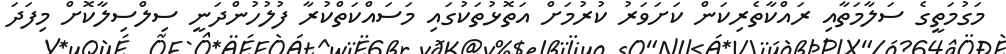
މަގުމަތީގެ ސަލާމަތާއި ރައްކާތެރިކަން ކަށަވަރު ކުރުމަށް އަތޮޅުތަކުގައި މަސައްކަތްކުރާ ފުލުހުންދަނީ ސިލްސިލާކޮށް މިފަދަ